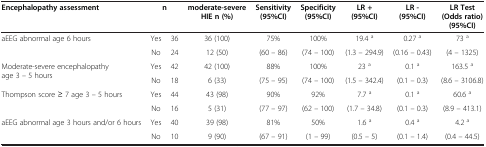
| Encephalopathy assessment | <COLSPAN=2> n | moderate-severe HIE n (%) | Sensitivity (95%CI) | Specificity (95%CI) | LR + (95%CI) | LR - (95%CI) | LR Test (Odds ratio) (95%CI) |
 | --- | --- | --- | --- | --- | --- | --- | --- | --- |
 | <ROWSPAN=2> aEEG abnormal age 6 hours | Yes | 36 | 36 (100) | 75% | 100% | 19.4 a | 0.27 a | 73 a |
 | No | 24 | 12 (50) | (60 – 86) | (74 – 100) | (1.3 – 294.9) | (0.16 – 0.43) | (4 – 1325) |
 | <ROWSPAN=2> Moderate-severe encephalopathy age 3 – 5 hours | Yes | 42 | 42 (100) | 88% | 100% | 23 a | 0.1 a | 163.5 a |
 | No | 18 | 6 (33) | (75 – 95) | (74 – 100) | (1.5 – 342.4) | (0.1 – 0.3) | (8.6 – 3106.8) |
 | <ROWSPAN=2> Thompson score ≥ 7 age 3 – 5 hours | Yes | 44 | 43 (98) | 90% | 92% | 7.7 a | 0.1 a | 60.6 a |
 | No | 16 | 5 (31) | (77 – 97) | (62 – 100) | (1.7 – 34.8) | (0.1 – 0.3) | (8.9 – 413.1) |
 | aEEG abnormal age 3 hours and/or 6 hours | Yes | 40 | 39 (98) | 81% | 50% | 1.6 a | 0.4 a | 4.2 a |
 |  | No | 10 | 9 (90) | (67 – 91) | (1 – 99) | (0.5 – 5) | (0.1 – 1.4) | (0.4 – 44.5) |